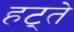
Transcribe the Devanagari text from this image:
हट्ते